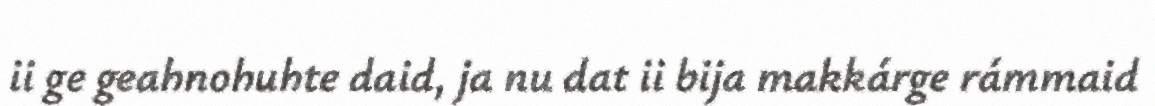
ii ge geahnohuhte daid, ja nu dat ii bija makkárge rámmaid